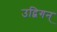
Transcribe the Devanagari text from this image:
उद्विगन्